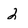
Character: 2